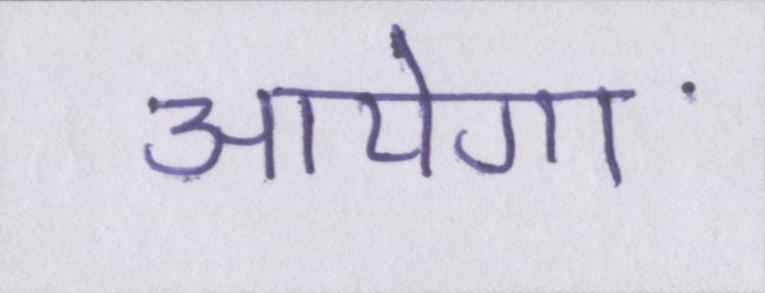
आयेगा